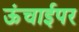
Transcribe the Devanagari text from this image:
ऊंचाईपर